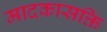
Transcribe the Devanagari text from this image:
मादकासक्ति